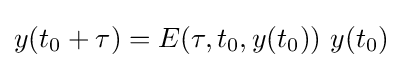
y(t_{0}+\tau )=E(\tau ,t_{0},y(t_{0}))\ y(t_{0})